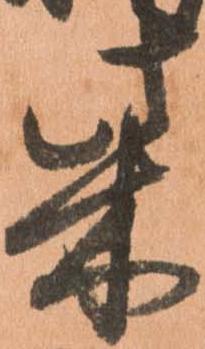
柴